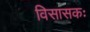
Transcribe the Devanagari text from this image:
विसासकः